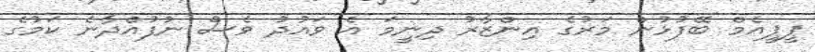
ޕީޕީއެމް ބޭފުޅުން މަރުގެ އިންޒާރު ދިނީމަ އެ ވައުދު ވެސް ނުފުއްދާނެ ކަމުގެ